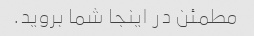
مطمئن در اینجا شما بروید.